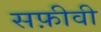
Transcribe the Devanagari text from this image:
सफ़ीवी